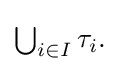
{\textstyle \bigcup _{i\in I}\tau _{i}.}